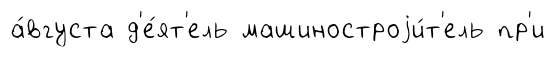
а́вгуста д'е́ят'ель машиностроjи́т'ель пр'и